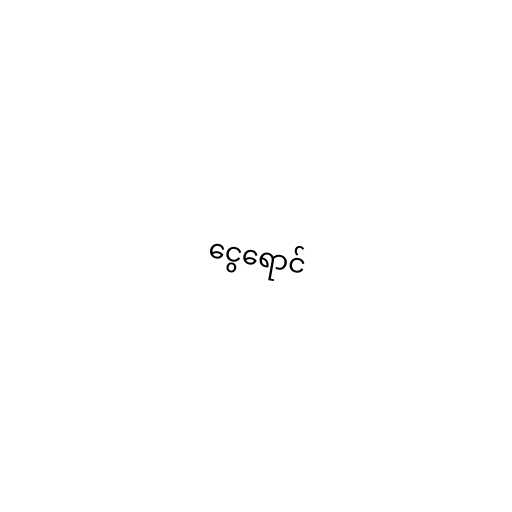
ငွေရောင်